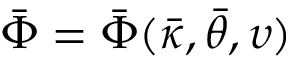
\bar { \Phi } = \bar { \Phi } ( \bar { \kappa } , \bar { \theta } , \upsilon )